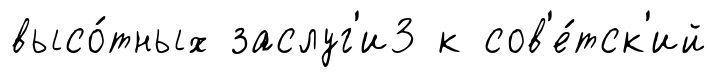
высо́тных заслуг'и3 к сов'е́тск'ий